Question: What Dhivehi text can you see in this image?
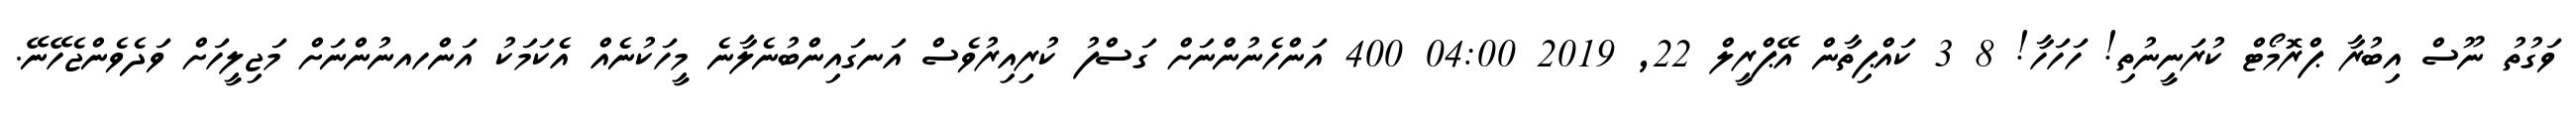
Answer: ވަގުތު ނޫސް އިބުރާ ޕްރޮމޯޓް ކުރަނީނުތި! ހަހަހާ! 8 3 ކައްޕިތާން އޭޕްރީލް 22, 2019 04:00 400 އަންހެނުންނަށް ގަސްފު ކުރިއިރުވެސް އަނގައިންބުނެލާނެ މީހަކުނެއް އެކަމަކު އަންހއނުންނަށް މަޖިލީހަށް ވަދެވެންޖެހޭނޭ.